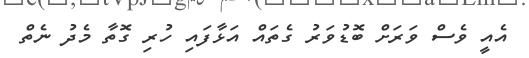
އެއީ ވެސް ވަރަށް ބޮޑުވަރު ގެތައް އަޅާފައި ހުރި ގޮތާ މެދު ނެތް